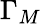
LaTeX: \Gamma_{M}